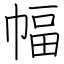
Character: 幅